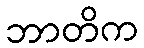
ဘာတိက